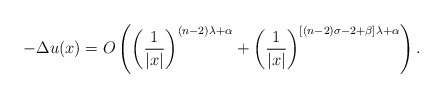
\begin{align*} -\Delta u(x)=O\left( \left(\frac{1}{|x|}\right)^{(n-2)\lambda+\alpha} +\left(\frac{1}{|x|}\right)^{[(n-2)\sigma-2+\beta]\lambda+\alpha} \right). \end{align*}